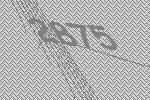
2875